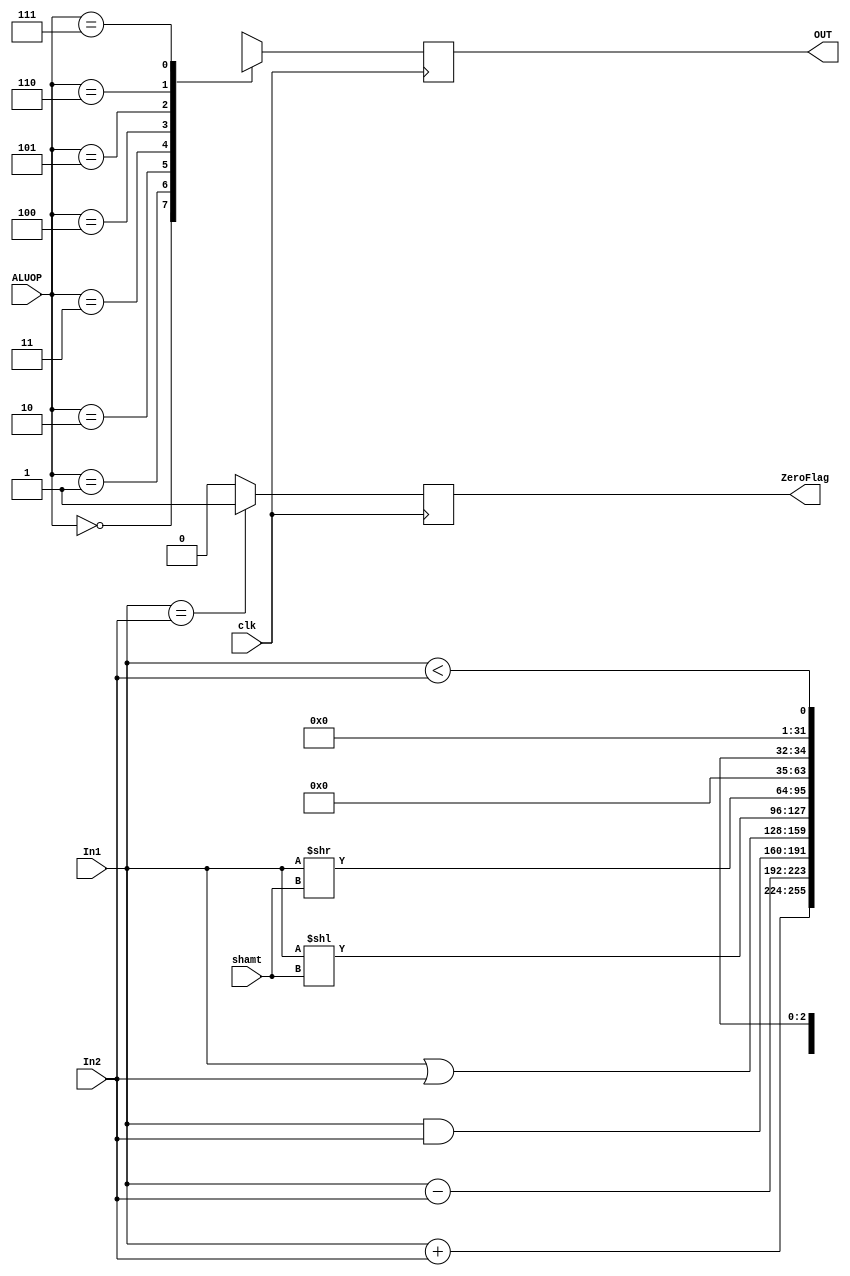
module ALU (clk,OUT, ZeroFlag, In1, In2, ALUOP , shamt); 
	input clk;
	input [31:0] In1, In2;
	input [4:0] shamt ;
	input [2:0] ALUOP;
	output [31:0] OUT;
	reg [31:0] OUT;
	output ZeroFlag;
	reg ZeroFlag;
	
	

	always @ (posedge clk)
	begin
	 ZeroFlag = (In1==In2)? 1'b1 : 1'b0 ;

		case (ALUOP)
			0 : OUT = In1 + In2; //0 ADD //2 ADDi //3 LW //4 SW
			1 : OUT = In1 - In2; //1 SUB // Handle Overflow
			2 : OUT = In1 & In2; //5 AND //9 ANDi
			3 : OUT = In1 | In2; //6 OR //10 ORi
			4 : OUT = In1 << shamt;//7 SLL
			5 : OUT = In1 >> shamt;//8 SRL
			6 : OUT = 3'bx;//11 BEQ //12 BNE
			7 : OUT = In1 < In2;//13 SLT
		endcase

	end
endmodule